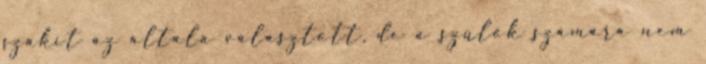
szakít az általa választott, de a szülők számára nem